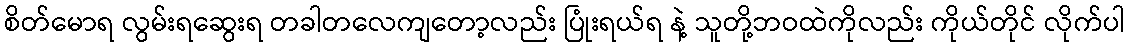
စိတ်မောရ လွမ်းရဆွေးရ တခါတလေကျတော့လည်း ပြုံးရယ်ရ နဲ့ သူတို့ဘဝထဲကိုလည်း ကိုယ်တိုင် လိုက်ပါ